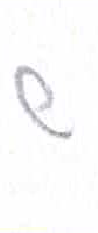
אות: ש